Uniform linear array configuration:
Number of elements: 16
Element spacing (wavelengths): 1
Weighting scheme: uniform
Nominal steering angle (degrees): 60
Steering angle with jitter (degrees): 58.416
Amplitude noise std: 0.05
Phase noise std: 0.05

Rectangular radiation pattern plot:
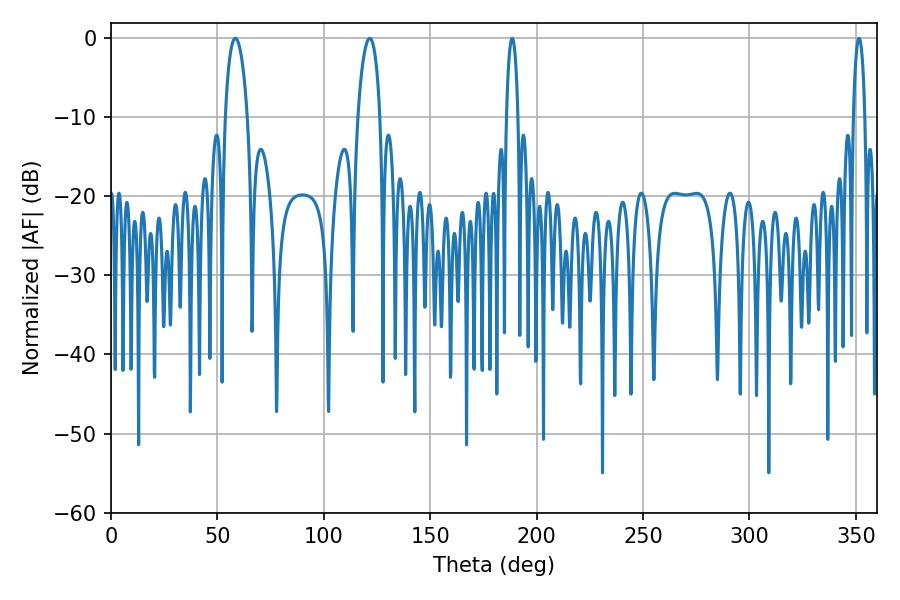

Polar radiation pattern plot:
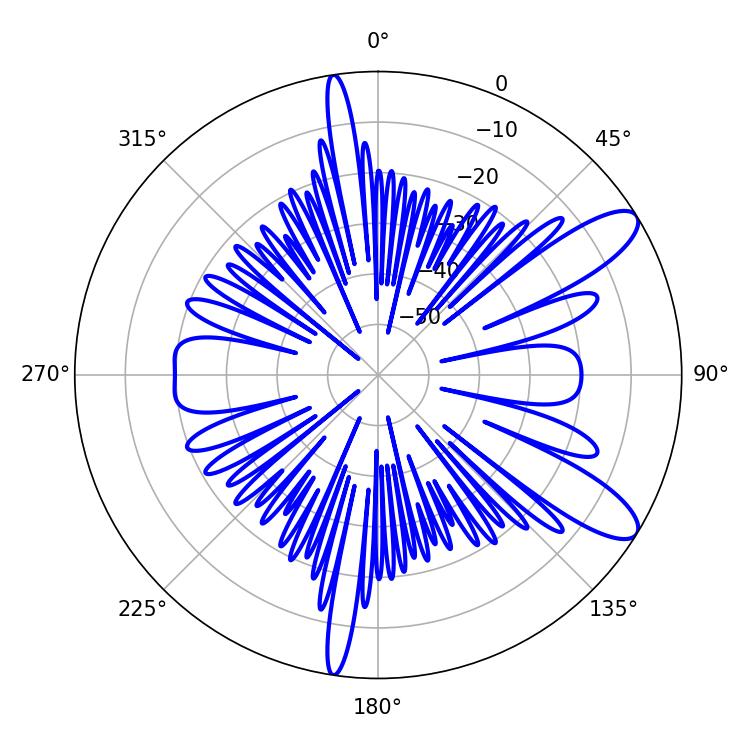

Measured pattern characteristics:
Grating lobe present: TRUE
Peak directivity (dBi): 10.556
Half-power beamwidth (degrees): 5.94
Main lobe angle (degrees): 58.5